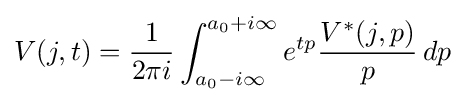
V(j,t)={\frac {1}{2\pi i}}\int _{a_{0}-i\infty }^{a_{0}+i\infty }e^{tp}{\frac {V^{\ast }(j,p)}{p}}\,dp